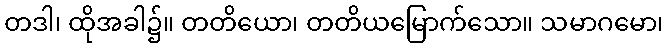
တဒါ၊ ထိုအခါ၌။ တတိယော၊ တတိယမြောက်သော။ သမာဂမော၊